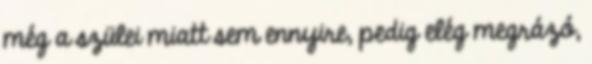
még a szülei miatt sem ennyire, pedig elég megrázó,